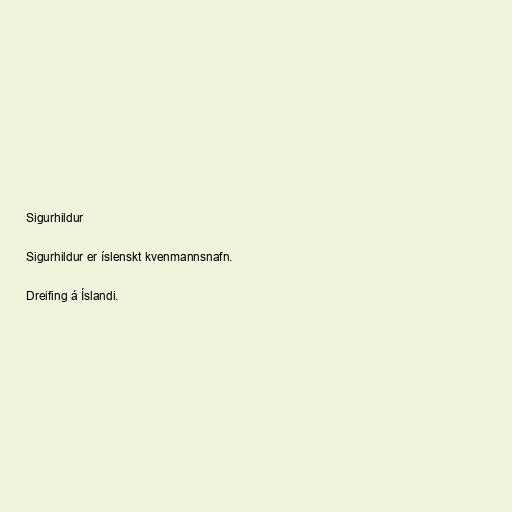
Sigurhildur

Sigurhildur er íslenskt kvenmannsnafn.

Dreifing á Íslandi.